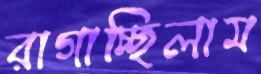
রাগাচ্ছিলাম